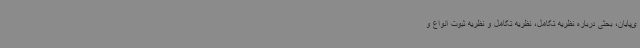
ی‌پایان، بحثی درباره نظریه تکامل، نظریه تکامل و نظریه ثبوت انواع و